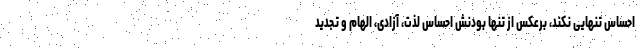
احساس تنهایی نکند، برعکس از تنها بودنش احساس لذت، آزادی، الهام و تجدید